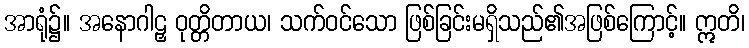
အာရုံ၌။ အနောဂါဠှ ဝုတ္တိတာယ၊ သက်ဝင်သော ဖြစ်ခြင်းမရှိသည်၏အဖြစ်ကြောင့်။ ဣတိ၊